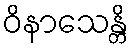
ဝိနာသေန္တိ